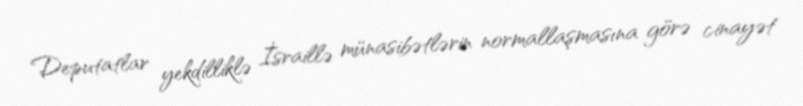
Deputatlar yekdilliklə İsraillə münasibətlərin normallaşmasına görə cinayət